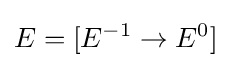
E=[E^{-1}\to E^{0}]